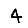
Digit: 4